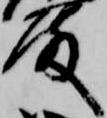
殿